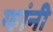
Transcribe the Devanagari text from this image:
य्हांनी